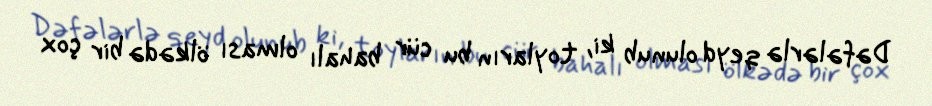
Dəfələrlə qeyd olunub ki, toyların bu cür bahalı olması ölkədə bir çox